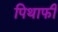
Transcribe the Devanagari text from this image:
पिथाफी